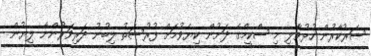
ސަރުކާރުން ހުޅުވާލި މި ސްކީމްގެ ދަށުން ކިޔެވުމަށް ފުރުސަތު ލިބުނު ދަރިވަރުންނާ ލިޔުން